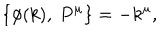
\{ \phi ( k ) , \ P ^ { \mu } \} = - k ^ { \mu } ,